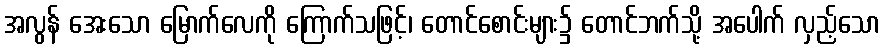
အလွန် အေးသော မြောက်လေကို ကြောက်သဖြင့်၊ တောင်စောင်းများ၌ တောင်ဘက်သို့ အပေါက် လှည့်သော